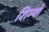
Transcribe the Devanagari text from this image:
शिम्पो